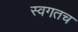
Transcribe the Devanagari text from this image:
स्वगतच